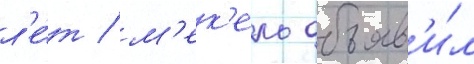
л'е́т / м'ек'ель объяв'и́л